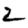
Digit: 2